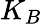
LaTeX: K_{B}